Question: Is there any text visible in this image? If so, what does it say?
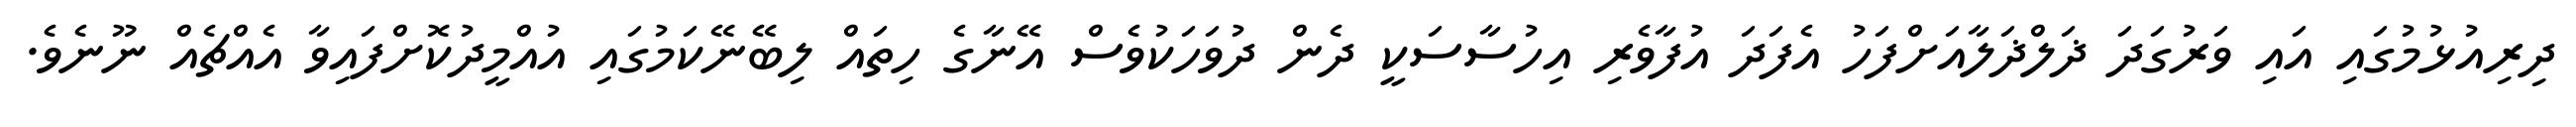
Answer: ދިރިއުޅުމުގައި އައި ވަރުގަދަ ޛަލްޛަލާއަށްފަހު އެފަދަ އުފާވެރި އިހުސާސަކީ ދެން ދުވަހަކުވެސް އޭނާގެ ހިތައް ލިބޭނޭކަމުގައި އުއްމީދުކޮށްފައިވާ އެއްޗެއް ނޫނެވެ.